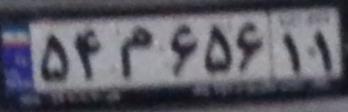
۵۴م۶۵۶۱۱